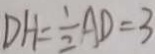
D H = \frac { 1 } { 2 } A D = 3